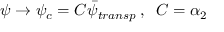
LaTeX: \psi \rightarrow \psi _ { c } = C \bar { \psi } _ { t r a n s p } \, , \; \; C = \alpha _ { 2 }